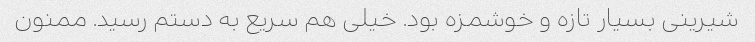
شیرینی بسیار تازه و خوشمزه بود. خیلی هم سریع به دستم رسید. ممنون